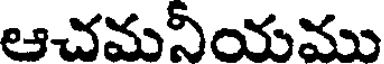
ఆచమనీయము